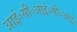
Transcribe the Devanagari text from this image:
आई॰सी॰आई॰सी॰आई॰